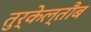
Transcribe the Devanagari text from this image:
तुर्केल्तौब